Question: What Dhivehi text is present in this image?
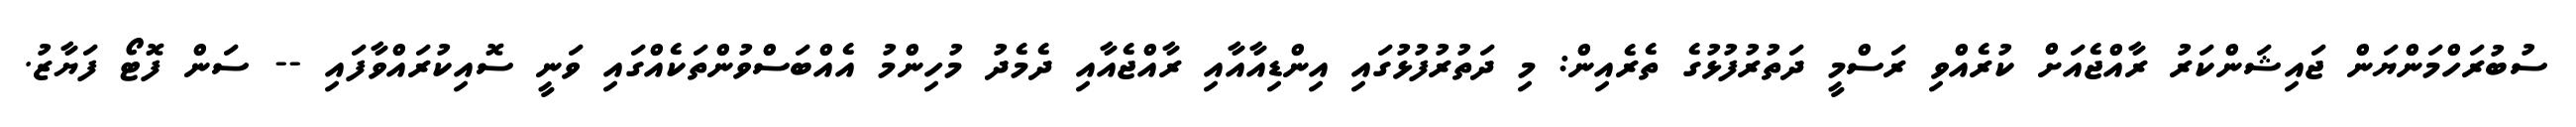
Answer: ސުބުރަހްމަންޔަން ޖައިޝަންކަރު ރާއްޖެއަށް ކުރެއްވި ރަސްމީ ދަތުރުފުޅުގެ ތެރެއިން: މި ދަތުރުފުޅުގައި އިންޑިއާއާއި ރާއްޖެއާއި ދެމެދު މުހިންމު އެއްބަސްވުންތަކެއްގައި ވަނީ ސޮއިކުރައްވާފައި -- ސަން ފޮޓޯ ފަޔާޒު.